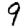
Digit: 9